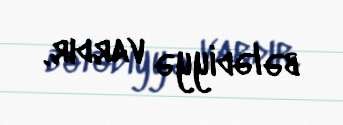
bələdiyyə vardır.